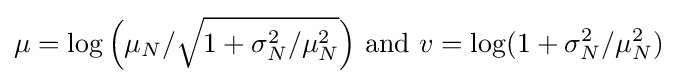
\mu =\log {\Big (}\mu _{N}/{\sqrt {1+\sigma _{N}^{2}/\mu _{N}^{2}}}{\Big )}{\text{ and }}v=\log(1+\sigma _{N}^{2}/\mu _{N}^{2})